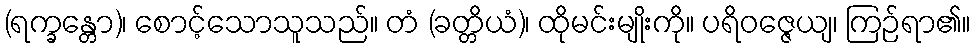
(ရက္ခန္တော)၊ စောင့်သောသူသည်။ တံ (ခတ္တိယံ)၊ ထိုမင်းမျိုးကို။ ပရိဝဇ္ဇေယျ၊ ကြဉ်ရာ၏။